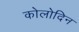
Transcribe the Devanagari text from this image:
कोलोदिन